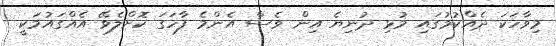
މިވާހަކަ ދެއްކުމުގައި މުޅި ދުނިޔެ އިން ވެސް އެންމެ ފާހަގަ ކޮށްލެވޭ އެއްގައުމަކީ